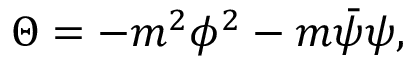
\Theta = - m ^ { 2 } \phi ^ { 2 } - m \bar { \psi } \psi ,